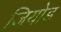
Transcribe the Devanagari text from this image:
जियोड